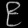
Digit: ၉